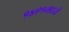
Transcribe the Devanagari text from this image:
१४९१मध्ये